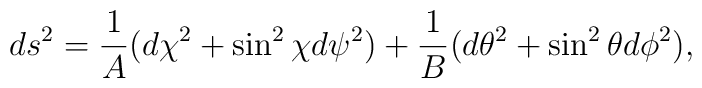
ds^2  = {1 \over A} (d\chi^2 + \sin^2 \chi d\psi^2) + {1 \over B}(d\theta^2 + \sin^2 \theta d\phi^2),